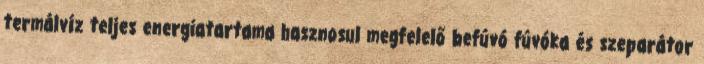
termálvíz teljes energiatartama hasznosul megfelelő befúvó fúvóka és szeparátor